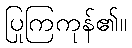
ပြုကြကုန်၏။